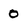
Character: 0